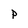
Character: P